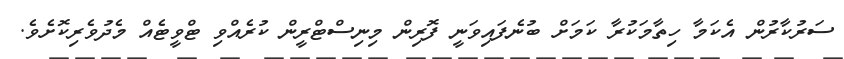
ސަރުކާރުން އެކަމާ ހިތާމަކުރާ ކަމަށް ބުނެފައިވަނީ ފޮރިން މިނިސްޓްރީން ކުރެއްވި ޓްވީޓެއް މެދުވެރިކޮށެވެ.